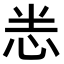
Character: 𭜧